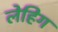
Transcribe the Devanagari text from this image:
लेहिग